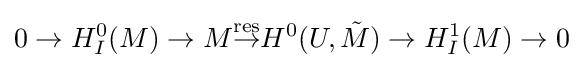
0\to H_{I}^{0}(M)\to M{\stackrel {\text{res}}{\to }}H^{0}(U,{\tilde {M}})\to H_{I}^{1}(M)\to 0